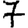
Digit: 7